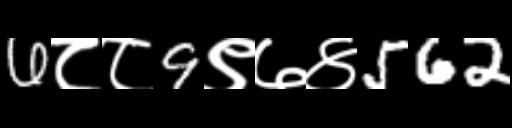
Text: 6८८9९७४562